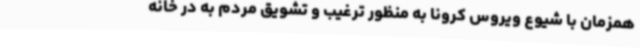
همزمان با شیوع ویروس کرونا به منظور ترغیب و تشویق مردم به در خانه